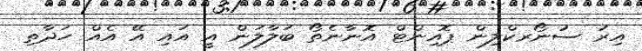
އިރު ސުނޯރކްލިން ޕޮއިންޓް އޮނާނެތޯ ބަލާލަން އީ އައި އޭ އެއް ހަދާތި